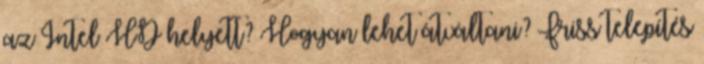
az Intel HD helyett? Hogyan lehet átváltani? Friss telepítés